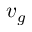
{ \boldsymbol { v } } _ { g }